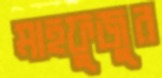
মাহফুজুর